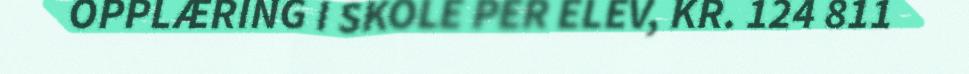
OPPLÆRING I SKOLE PER ELEV, KR. 124 811